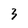
Character: 3